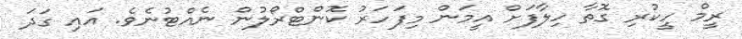
ރީމް ހީކުރި ގޮތާ ހިލާފަށް އީމަން މިފަހަރު ކޮންޓްރޯލުން ނެއްޓުނެވެ. އައި ގަދަ